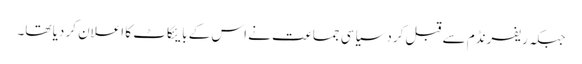
جبکہ ریفرنڈم سے قبل کرد سیاسی جماعت نے اس کے بایئکاٹ کا اعلان کر دیا تھا۔